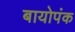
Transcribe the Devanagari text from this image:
बायोपंक